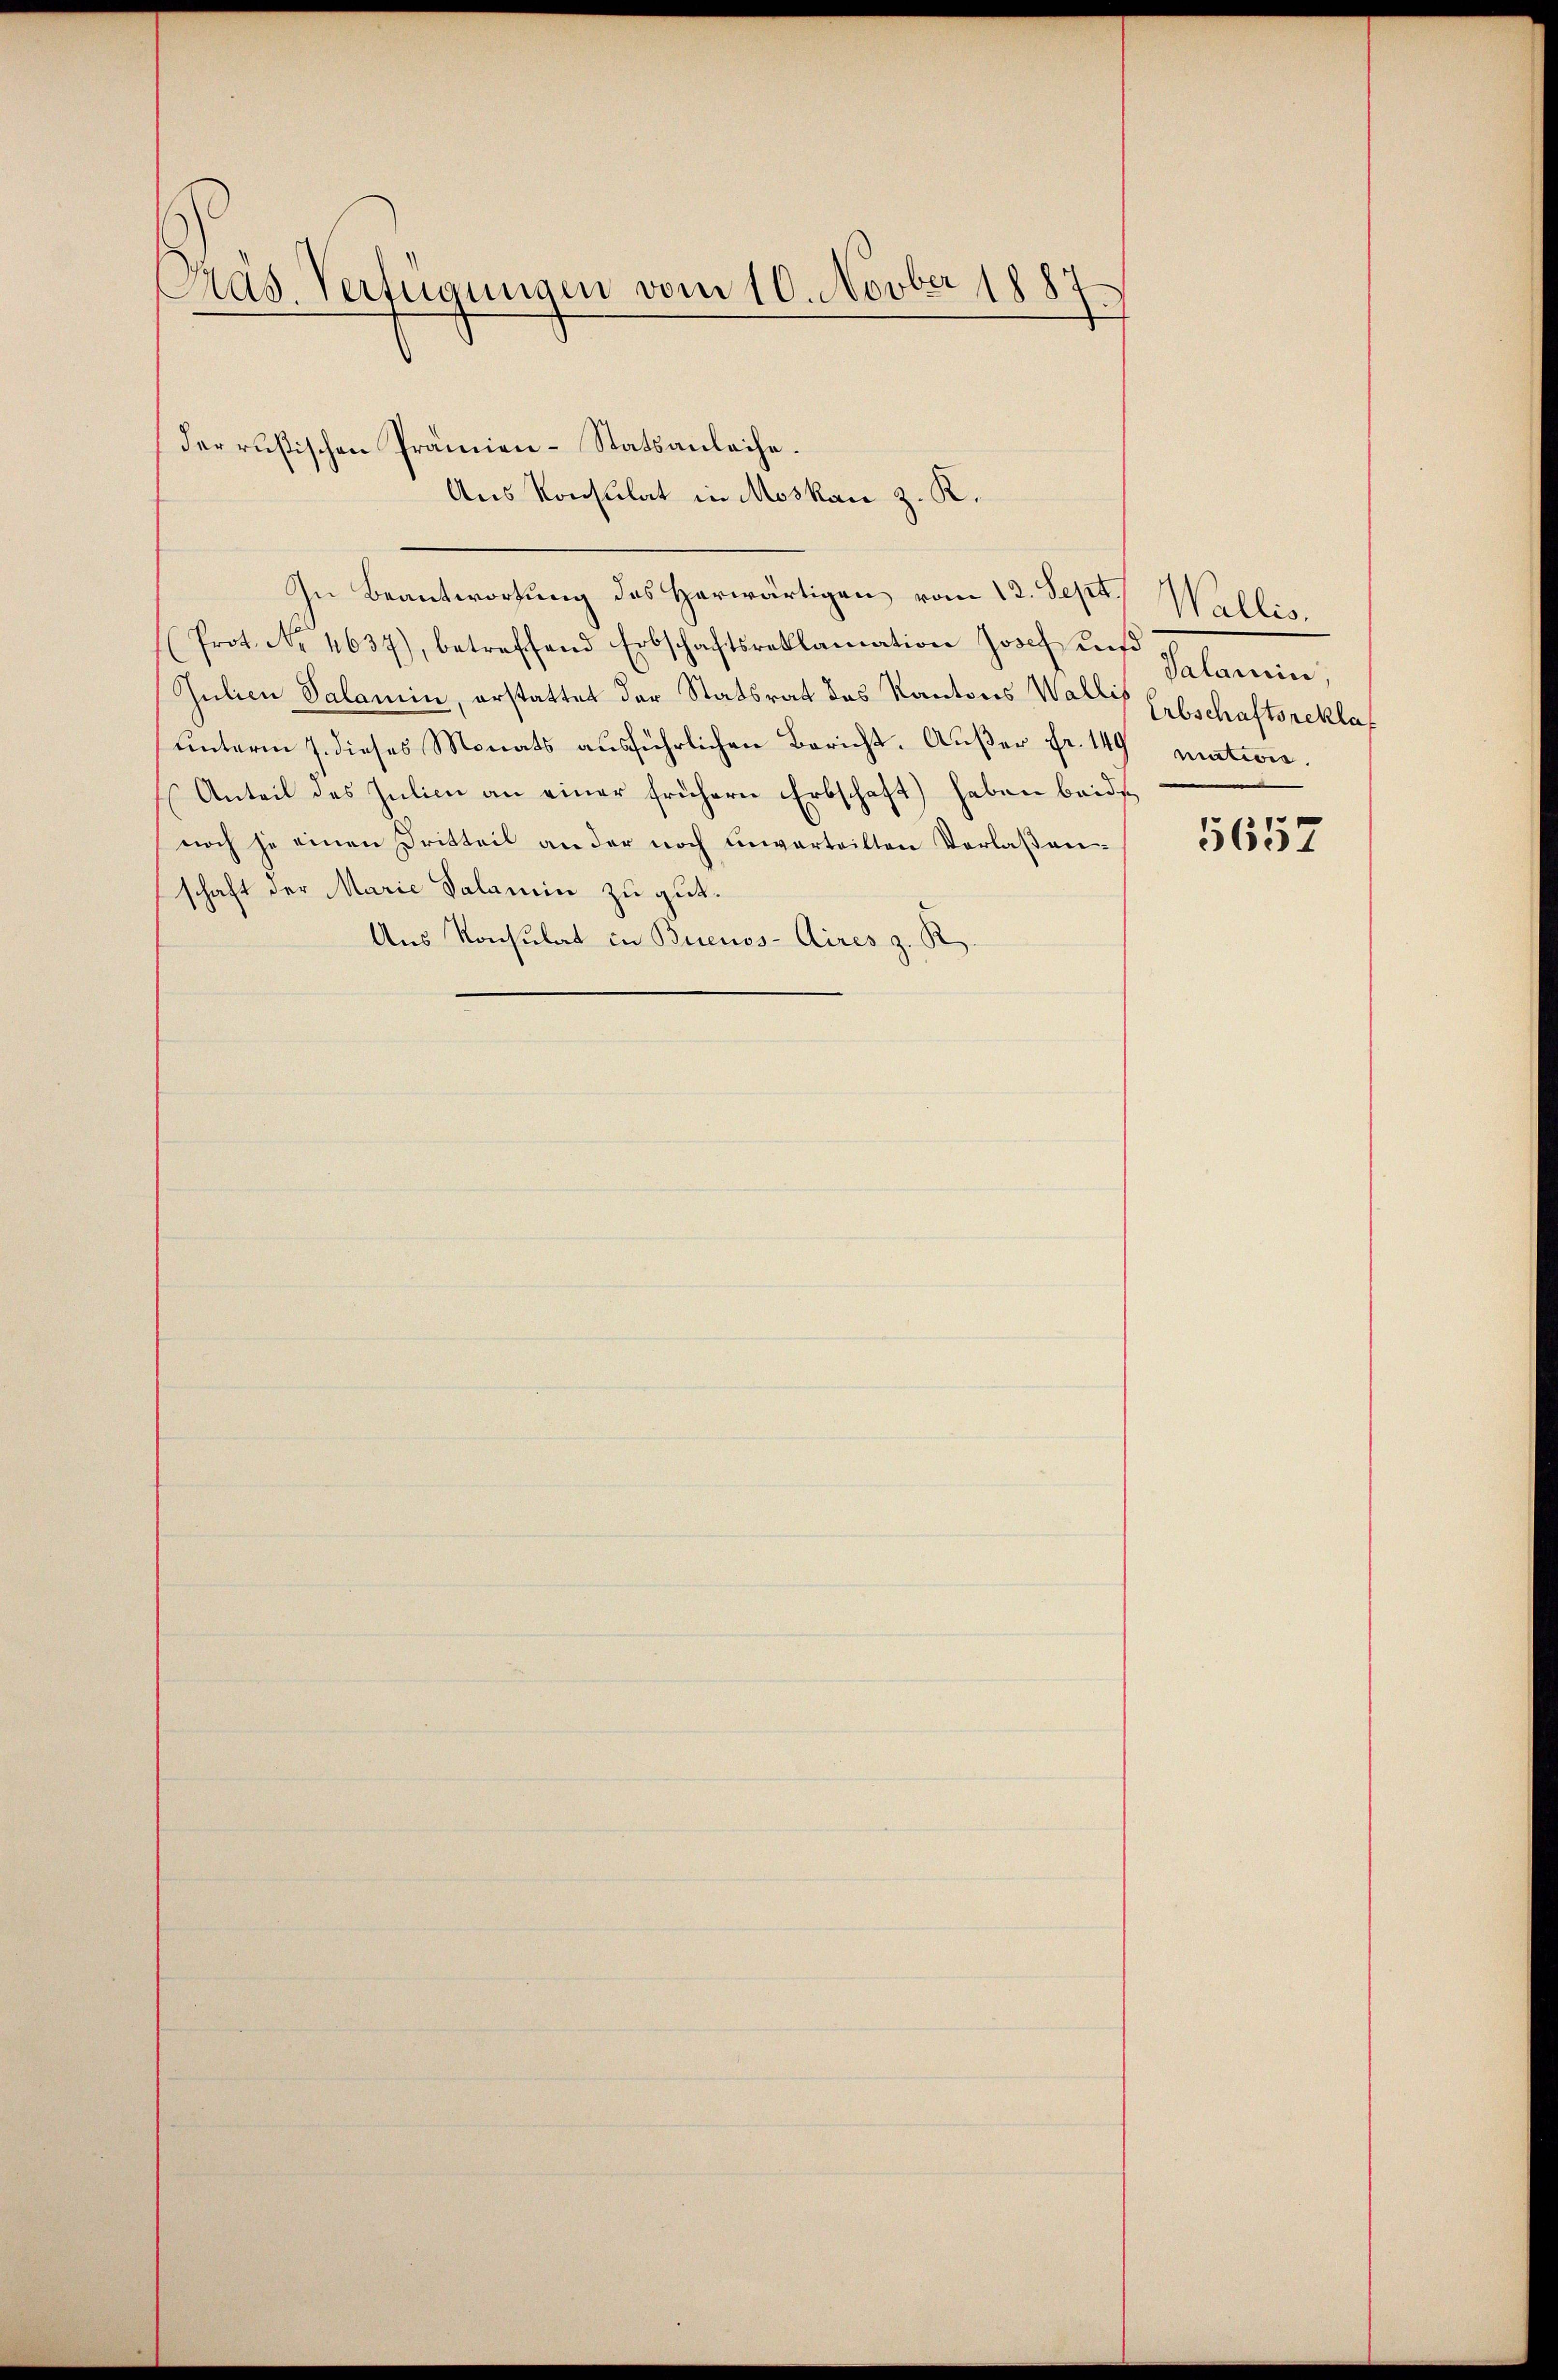
Präs. Verfügungen vom 10. Novber 1887.

Aus Konsulat in Moskau z. R.
In Beantwortung des Herwärtigen vom 12. Sept.
(Prot. Nr. 4637), betreffend Erbschaftsreklamation Josef und
Julien Salamin, erstattet der Statsrat des Kantons Wallis Erbschaftsreklaf
unterm 7. dieses Monats ausführlichen Bericht-Außer Fr. 149
Anteil des Julieu an einer frühern Erbschaft) haben beide
noch je einen Dritteil an der noch unverteilten Verlaßenschaft der Marie Salamin zu gut.
Aus Konsulat in Buenos-Aires z. R.

derrußischen Prämien-Statsanleihe.

Wallis.
Salamin
mation.

5657